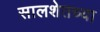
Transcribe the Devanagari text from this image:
सालशेतच्या